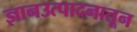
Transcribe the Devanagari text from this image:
ज्ञानउत्पादनातून